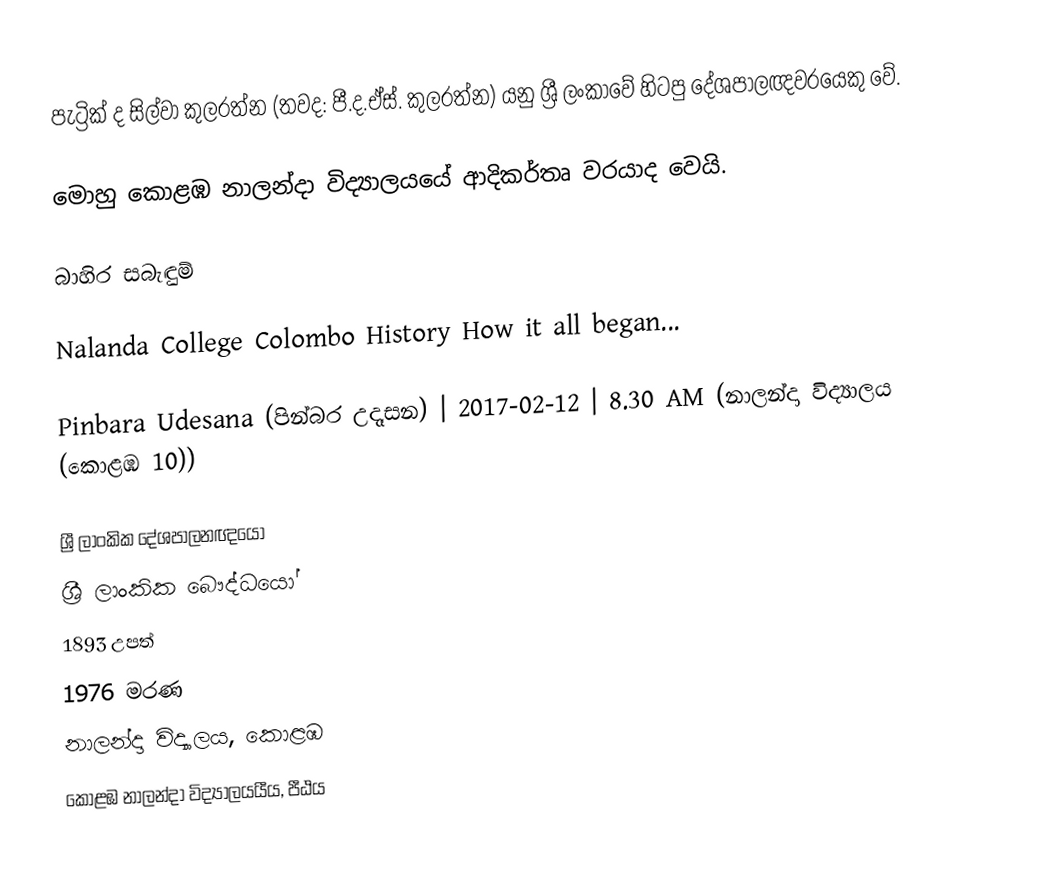
පැට්‍රික් ද සිල්වා කුලරත්න (තවද: පී.ද.ඒස්. කුලරත්න) යනු ශ්‍රී ලංකාවේ හිටපු දේශපාලඥවරයෙකු වේ.

මොහු  කොළඹ නාලන්දා විද්‍යාලයයේ ආදිකර්තෘ වරයාද වෙයි.

බාහිර සබැඳුම්

 Nalanda College Colombo History How it all began...

 Pinbara Udesana (පින්බර උදෑසන) | 2017-02-12 | 8.30 AM (නාලන්දා විද්‍යාලය (කොළඹ 10))

ශ්‍රී ලාංකික දේශපාලනඥයෝ
ශ්‍රී ලාංකික බෞද්ධයෝ
1893 උපත්
1976 මරණ
නාලන්දා විද්‍යාලය, කොළඹ
කොළඹ නාලන්දා විද්‍යාලයයීය, පීඨය